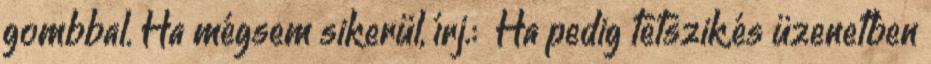
gombbal. Ha mégsem sikerül, írj.: Ha pedig tetszik,és üzenetben